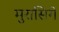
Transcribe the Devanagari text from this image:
मुरासिगे